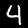
Digit: 4